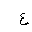
Letter: _ayn